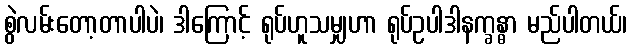
စွဲလမ်းတော့တာပါပဲ၊ ဒါကြောင့် ရုပ်ဟူသမျှဟာ ရုပ်ဥပါဒါနက္ခန္ဓာ မည်ပါတယ်၊